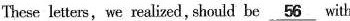
These letters，we realized, should be\underline{56}with